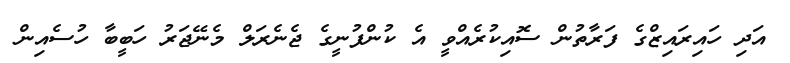
އަދި ހައިރައިޒްގެ ފަރާތުން ސޮއިކުރެއްވީ އެ ކުންފުނީގެ ޖެނެރަލް މެނޭޖަރު ހަބީބާ ހުސެއިން